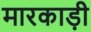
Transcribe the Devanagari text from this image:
मारकाड़ी